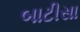
બાટીસા